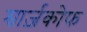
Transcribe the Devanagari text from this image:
श्वार्ज़कोफ